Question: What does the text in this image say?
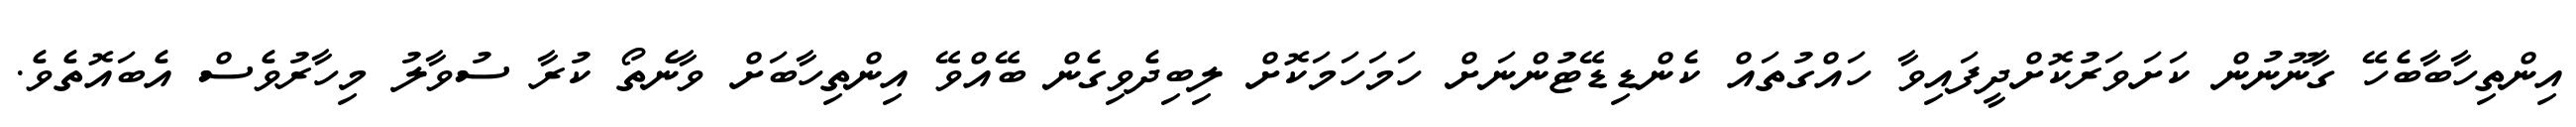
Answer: އިންތިހާބާބެހޭ ގާނޫނުން ކަށަވަރުކޮށްދީފައިވާ ހައްގުތައް ކެންޑިޑޭޓުންނަށް ހަމަހަމަކޮށް ލިބިދެވިގެން ބޭއްވޭ އިންތިހާބަށް ވާނެތޯ ކުރާ ސުވާލު މިހާރުވެސް އެބައޮތެވެ.